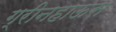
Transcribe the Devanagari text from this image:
ग्रीनहाऊस